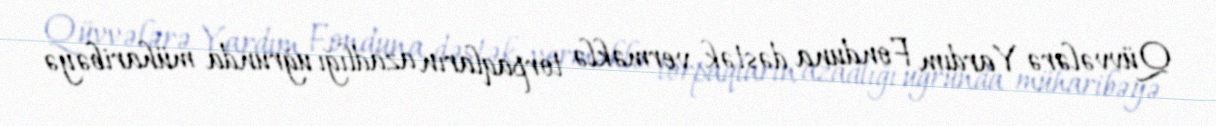
Qüvvələrə Yardım Fonduna dəstək verməklə torpaqların azadlığı uğrunda müharibəyə